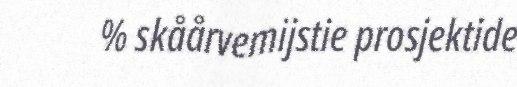
% skåårvemijstie prosjektide